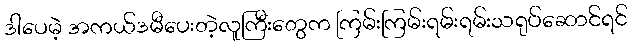
ဒါပေမဲ့ အကယ်ဒမီပေးတဲ့လူကြီးတွေက ကြမ်းကြမ်းရမ်းရမ်းသရုပ်ဆောင်ရင်